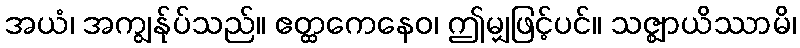
အယံ၊ အကျွန်ုပ်သည်။ ဧတ္ထကေနေဝ၊ ဤမျှဖြင့်ပင်။ သဇ္ဈာယိဿာမိ၊